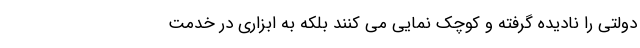
دولتی را نادیده گرفته و کوچک نمایی می کنند بلکه به ابزاری در خدمت